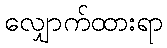
လျှောက်ထားရာ